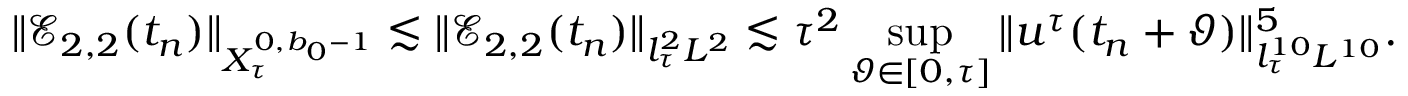
\Vert \mathcal { E } _ { 2 , 2 } ( t _ { n } ) \Vert _ { X _ { \tau } ^ { 0 , b _ { 0 } - 1 } } \lesssim \Vert \mathcal { E } _ { 2 , 2 } ( t _ { n } ) \Vert _ { l _ { \tau } ^ { 2 } L ^ { 2 } } \lesssim \tau ^ { 2 } \operatorname* { s u p } _ { \vartheta \in [ 0 , \tau ] } \| u ^ { \tau } ( t _ { n } + \vartheta ) \| _ { l _ { \tau } ^ { 1 0 } L ^ { 1 0 } } ^ { 5 } .